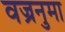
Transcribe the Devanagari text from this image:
वज्रनुमा